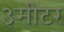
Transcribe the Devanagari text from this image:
३मीटर